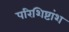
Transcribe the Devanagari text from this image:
परिशिष्टांश